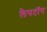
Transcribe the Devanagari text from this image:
लैपटाॅप